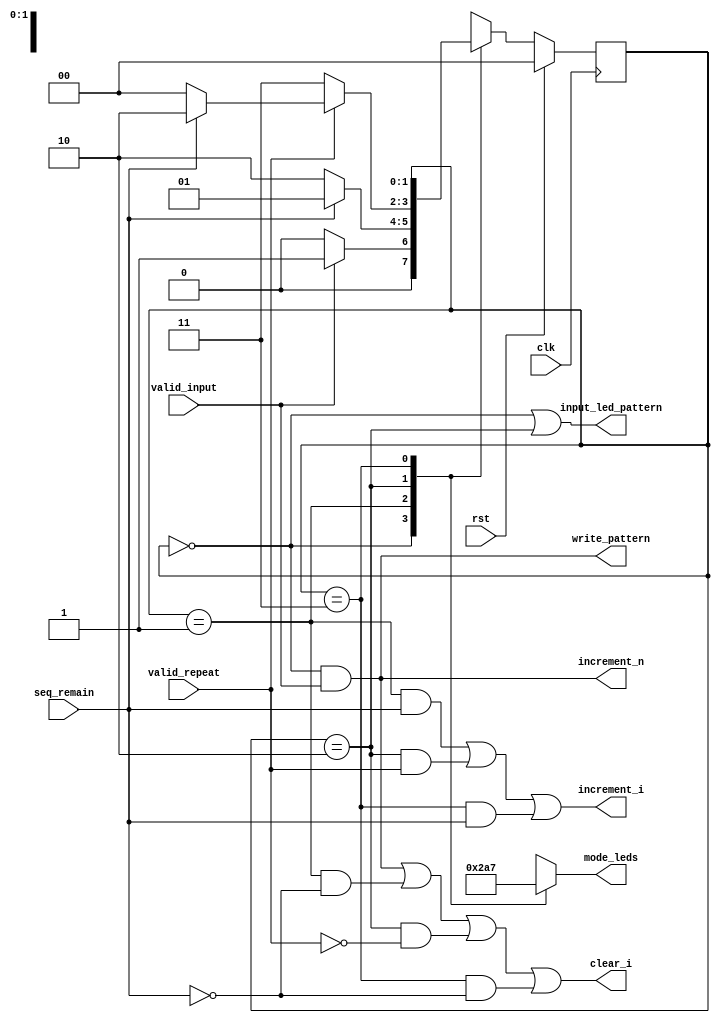
//==============================================================================
// Control Module for Simon Project
//==============================================================================

module SimonControl(
	// External Inputs
	input        clk,           // Clock
	input        rst,           // Reset

	// Datapath Inputs
	input        valid_input,
	input 	     valid_repeat,
	input        seq_remain,

	// Datapath Control Outputs
	output reg   clear_i,
	output reg   increment_n,
	output reg   input_led_pattern,
	output reg   increment_i,
	output reg   write_pattern,

	// External Outputs
	output reg [2:0] mode_leds
);

	// Declare Local Vars Here
	reg [1:0] state;
	reg [1:0] next_state;

	// LED Light Parameters
	localparam LED_MODE_INPUT    = 3'b001;
	localparam LED_MODE_PLAYBACK = 3'b010;
	localparam LED_MODE_REPEAT   = 3'b100;
	localparam LED_MODE_DONE     = 3'b111;

	// Declare State Names Here
	localparam STATE_INPUT = 2'd0;
	localparam STATE_PLAYBACK = 2'd1;
	localparam STATE_REPEAT = 2'd2;
	localparam STATE_DONE = 2'd3;

	// Next State Combinational Logic
	always @( * ) begin
		// Write your Next State Logic Here
		next_state = state;

		case (state)
			STATE_INPUT: begin
				if (valid_input) begin
					next_state = STATE_PLAYBACK;
				end
				else begin
					next_state = STATE_INPUT;
				end
			end

			STATE_PLAYBACK: begin
				if (!seq_remain) begin
					next_state = STATE_REPEAT;
				end
				else begin
					next_state = STATE_PLAYBACK;
				end
			end

			STATE_REPEAT: begin
				if (valid_repeat) begin
					if (seq_remain) begin
						next_state = STATE_REPEAT;
					end
					else begin
						next_state = STATE_INPUT;
					end
				end
				else begin
					next_state = STATE_DONE;
				end
			end

			STATE_DONE: begin
				// next_state = STATE_DONE;
			end
		endcase
	end

	// Output Combinational Logic
	always @( * ) begin
		clear_i <= (state == STATE_INPUT && valid_input) || 
					(state == STATE_PLAYBACK && !seq_remain) || 
					(state == STATE_REPEAT && !valid_repeat) || 
					(state == STATE_DONE && !seq_remain);
		increment_i <= ((state == STATE_PLAYBACK) && seq_remain) || 
						((state == STATE_REPEAT) && valid_repeat) || 
						(state == STATE_DONE && seq_remain);
		increment_n <= (state == STATE_INPUT && valid_input);
		input_led_pattern <= (state == STATE_INPUT) || 
							(state == STATE_REPEAT);
		write_pattern <= (state == STATE_INPUT && valid_input);
	
		case (state)
			STATE_INPUT: begin
				mode_leds <= LED_MODE_INPUT;
			end

			STATE_PLAYBACK: begin
				mode_leds <= LED_MODE_PLAYBACK;
			end

			STATE_REPEAT: begin
				mode_leds <= LED_MODE_REPEAT;
			end

			STATE_DONE: begin
				mode_leds <= LED_MODE_DONE;
			end
		endcase 
	end

	// State Update Sequential Logic
	always @(posedge clk) begin
		if (rst) begin
			// Update state to reset state
			state <= STATE_INPUT;
		end
		else begin
			// Update state to next state
			state <= next_state;
		end
	end
endmodule